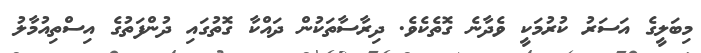
މިބަލީގެ އަސަރު ކުރުމަކީ ވެދާނެ ގޮތެކެވެ. ދިރާސާތަކުން ދައްކާ ގޮތުގައި ދުންފަތުގެ އިސްތިއުމާލު